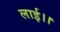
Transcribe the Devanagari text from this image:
लाई।।